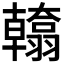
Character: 𮋙